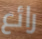
رائع